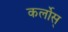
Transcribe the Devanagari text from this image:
कर्लोस्